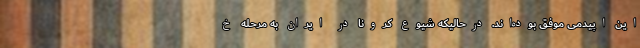
این اپیدمی موفق بوده‌اند. درحالیکه شیوع کرونا در ایران به مرحله خ